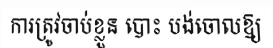
ការត្រូវចាប់ខ្លួន បោះ បង់ចោលឱ្យ